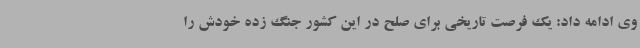
وی ادامه داد: یک فرصت تاریخی برای صلح در این کشور جنگ زده خودش را